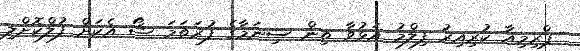
ޕްރިމިއާ ކުރިއިރު ފިލްމު އަޅުވާ ތިން ސިނަމާގެ ފުރަތަމަ ޝޯ އެކަށް ފުލްކޮށްލި